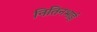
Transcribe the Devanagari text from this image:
नितिनभाई